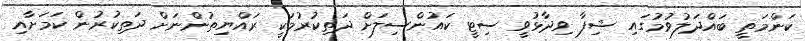
ކަންމަތީ ބައްދަލުވުމުގައި ޝިފާ ވިދާޅުވީ ސިޓީ ކައުންސިލަށް ދަތިކުރުމަކީ ރައްޔިތުންނަށް ދަތިކުރުން ކަމަށާއި